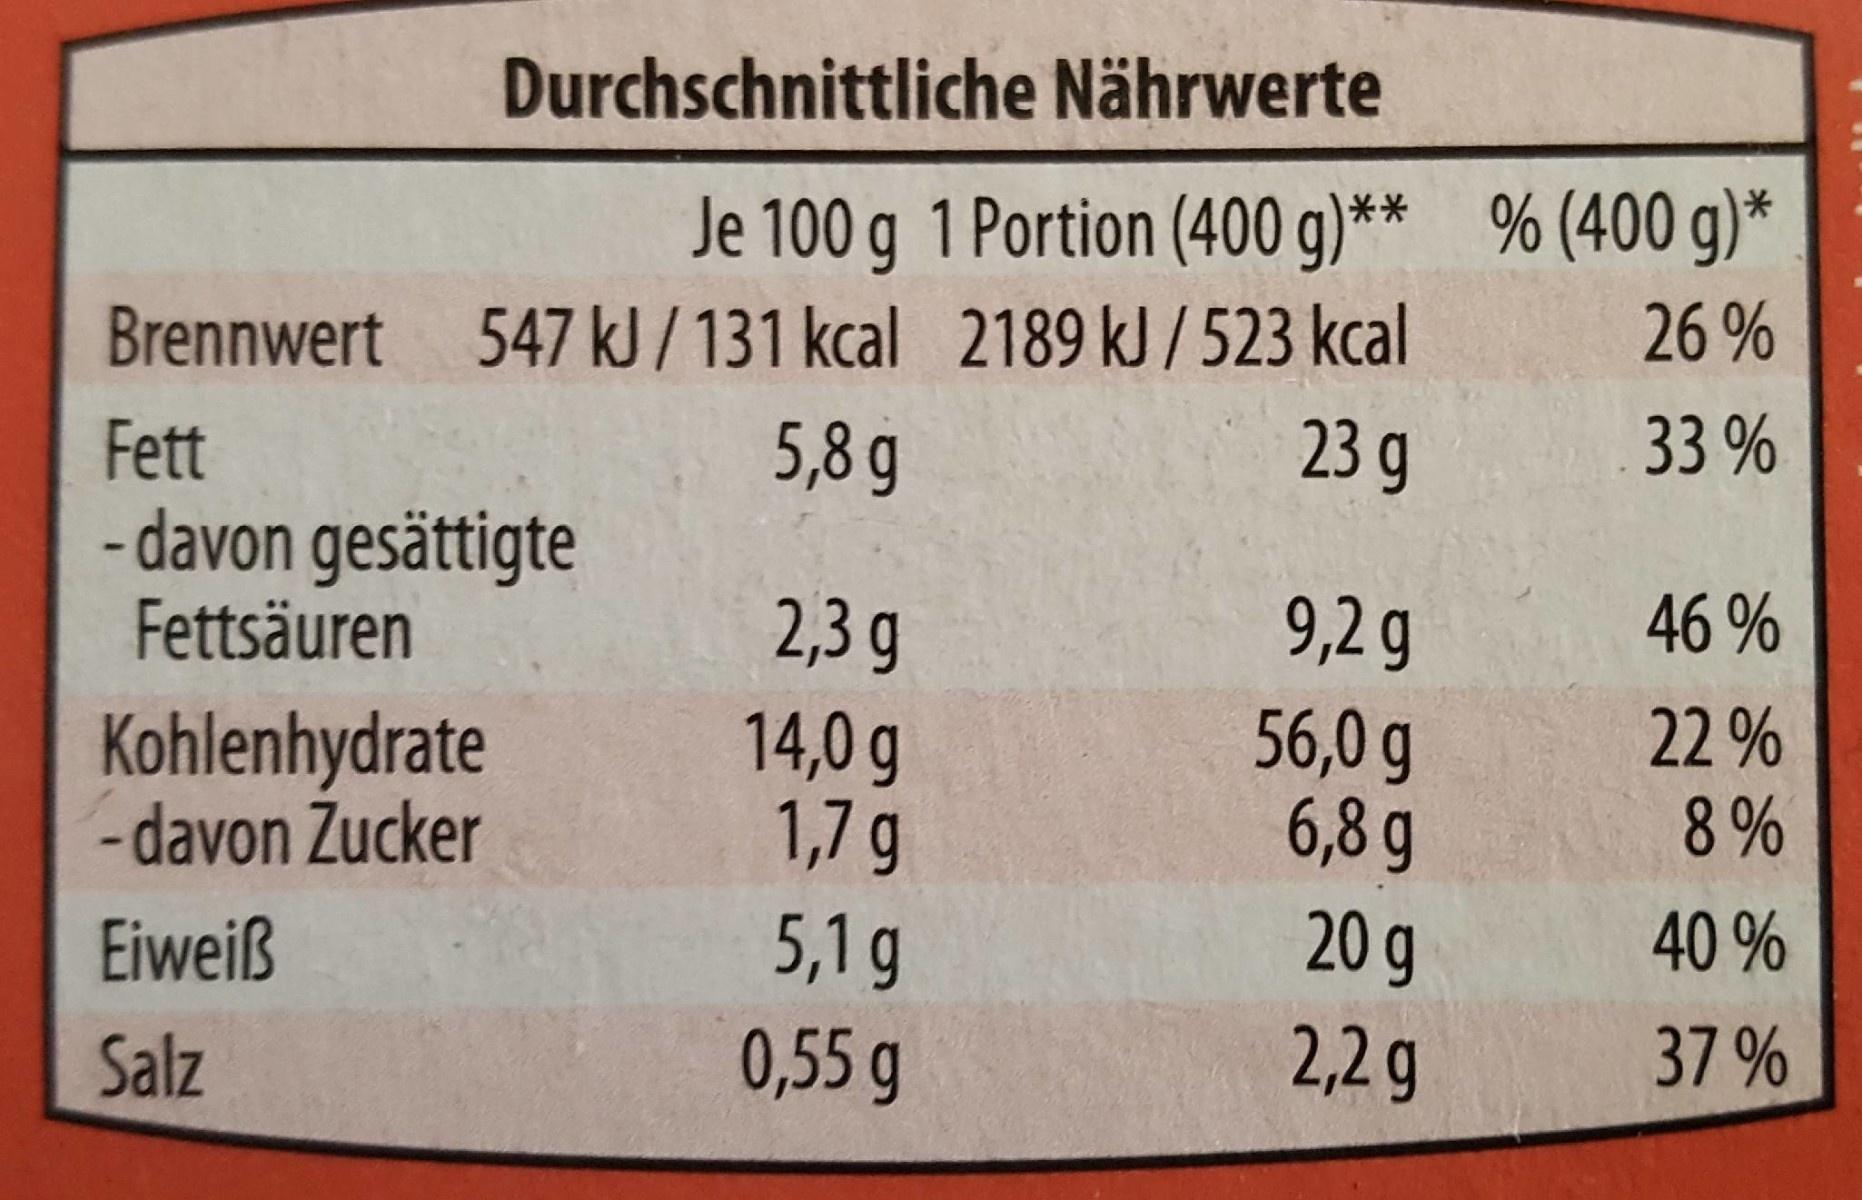
Durchschnittliche Nährwerte
Je 100 g 1 Portion (400 g)** % (400 g)*
Brennwert
547 kJ /131 kcal 2189 kJ / 523 kcal
26 %
5,8 g
23 g
33 %
Fett - davon gesättigte Fettsäuren
2,3 g
9,2g
46 %
Kohlenhydrate - davon Zucker
14,0 g 1,7 g
56,0 g 6,8 g
22% 8%
40 %
5,1g 0,55 g
20 g 2,2g
Eiweiß
37 %
Salz